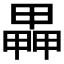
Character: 𤳅